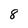
Character: 8